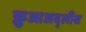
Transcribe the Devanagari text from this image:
क़ुआअद्लीस